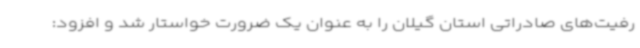
رفیت‌های صادراتی استان گیلان را به عنوان یک ضرورت خواستار شد و افزود: